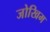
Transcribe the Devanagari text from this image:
जोखिम